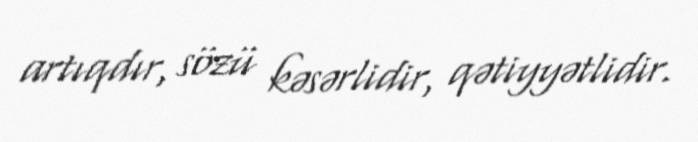
artıqdır, sözü kəsərlidir, qətiyyətlidir.